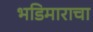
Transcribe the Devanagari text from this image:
भडिमाराचा